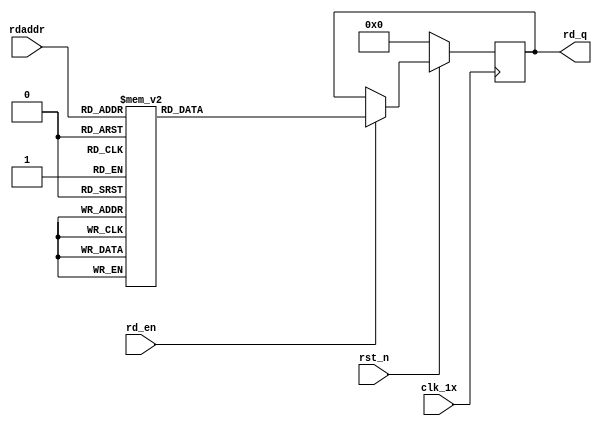

`timescale 1ns / 1ps
module F_short_t12_next_Rom6(
input	          							clk_1x,
input	          							rst_n,
//////////////////////////////////////////////////////////////
input										rd_en,
input				[4:0]				rdaddr,
output		reg			[167:0]				rd_q
);

always @(posedge clk_1x)begin
	if(~rst_n)begin
		rd_q <= 168'b0;
	end
	else if(rd_en == 1'b1)begin
		case(rdaddr)
			5'h14: rd_q <= 168'b100001000000010000110101010000111000000000001111111011011100100110110000101100110000111111111110110001100110111010100011000111001010011011110010000011110100111011111010;
			5'h13: rd_q <= 168'b001111111100111010110011011001001110101110101010100100100101001100010100101010111101110111010001010101101011001000101101010000100000000110111100101000001101101100010110;
			5'h12: rd_q <= 168'b100000010001011011111111001101001011101110111011011110001101000110110111000101111110101000001101001100101010001000100011010111010101010000111001000011010011010000010001;
			5'h11: rd_q <= 168'b000001001110011101010011000010100111110000110011010010110001000000010000001010110100101001001111101000011100111000011100110101001100000110101100001010000110000110001000;
			5'h10: rd_q <= 168'b001000110011011011001000111110010100111000111011101100000000110100011100111100101100011001100111001010000100010000111001101000000011001100000001001001110100110110000001;
			5'h0f: rd_q <= 168'b111001111000000110110100111000101101001010101110001111000001111001000011010011001011000011111101101101110101100101011000001000011110101000011101110111011100011000110010;
			5'h0e: rd_q <= 168'b010011100100111101010101000010101111101101001100010010000110000110000100101111100010110110100001011010111000010111001011110011101101011110011011001010011100111101111111;
			5'h0d: rd_q <= 168'b100110111110111100100001101111100101111011100001111011110101111010111111101110100000011010111100001100110011111100000111001001111110011010101000101111010000110100011001;
			5'h0c: rd_q <= 168'b100000100110111100011101111101010101100101110110011000111000101100000101110010001100111101001010110001000110110000111011110110100100010110001001111010011111001001010011;
			5'h0b: rd_q <= 168'b110100100011000001010011111011101100100000101101100100110110011110110001001011100111100001110110011110011111010101010111000110111110110011100100011110100110100010110101;
			5'h0a: rd_q <= 168'b011011101001010100001000000101001000101101101001000110001010111101001110110110101001011011011000000111000000010100000101110100000111111000001010101010111101011010100101;
			5'h09: rd_q <= 168'b001010000100110111110010000110111111100110100101010110101010100010011111111000001011100001101100011111011010101100011010111110110111101000011001010100111100110011011010;
			5'h08: rd_q <= 168'b101100111010101001000100000010101010001011001101001101011111110001000110000011110011101011010011010110111001111000110110000010000111100101100010011001100001000000010110;
			5'h07: rd_q <= 168'b100000011001101010011011110000111101010111110010000111110111011000011000010001010100111011101010001100001010111100001111010001100001111001000001110100111111001011011010;
			5'h06: rd_q <= 168'b101100110000001110010011011000110111101011100001011000101011100110011000100010001001111100100101110111011101001100110010000111011100010000000110001111101001000000101000;
			5'h05: rd_q <= 168'b000010101110100100001010000110111101110111000100100111100111011000010000111110000001010011000011011011101110100110110111111010110111110001010001011110111000101011110000;
			5'h04: rd_q <= 168'b001111011101011011011100001110011001110001011000110001101110010110000001010100111011000111011101011110011101011110110011011000001010111000000011010111001100001011001010;
			5'h03: rd_q <= 168'b111101011101101110000000011100000000100000100111110011101110110000010010110101000101001110000000001001010101000110100101110110000010110100110111011010101101010011011001;
			5'h02: rd_q <= 168'b011101010111000111111101100110101000100100110100101011000100010101101010011010001000011000111001000100101001111100111110001001011010111110111110010000001100000010001001;
			5'h01: rd_q <= 168'b011000010100010101000100111101100001111011001001010000010000111010010001110100010000001001010100001111011100000000111001000011001001000100010110001100101000001001011101;
			5'h00: rd_q <= 168'b100100110000110010100000010001010011001100010101100010101000011001010011100101111101001011011000100111111001000000111111001110100001110100011110000100101100111100101100;
		default:rd_q <= 168'b0;
		endcase
	end
end

endmodule